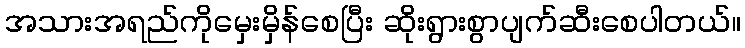
အသားအရည်ကိုမှေးမှိန်စေပြီး ဆိုးရွားစွာပျက်ဆီးစေပါတယ်။